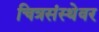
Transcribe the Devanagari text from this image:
चित्रसंस्थेवर